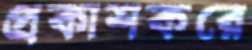
প্রকাশকরে